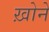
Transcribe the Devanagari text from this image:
ख़ोने